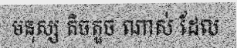
មនុស្ស តិចតួច ណាស់ ដែល